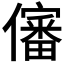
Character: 𰃀